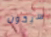
سيكون